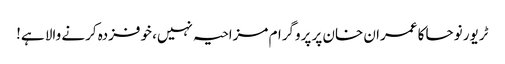
ٹریور نوحا کا عمران خان پر پروگرام مزاحیہ نہیں، خوفزدہ کرنے والا ہے!